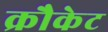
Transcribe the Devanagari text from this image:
क्रौकेट